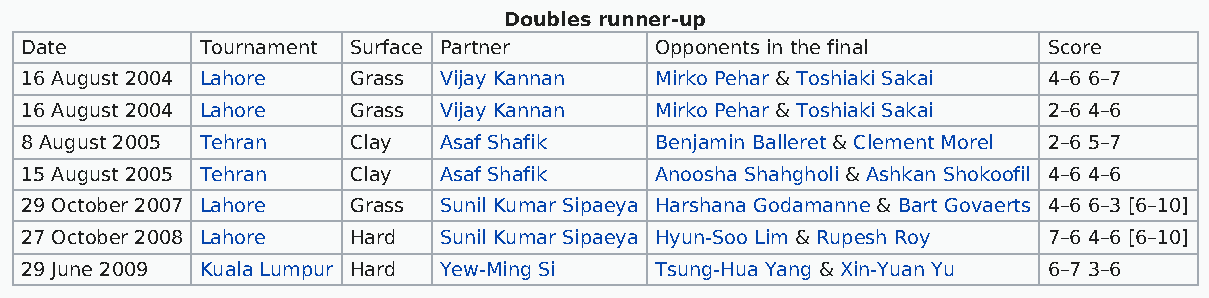
Doubles runner-up
 Date        Tournament Surface Partner    Opponents in the final    Score
 16 August 2004 Lahore Grass Vijay Kannan  Mirko Pehar & Toshiaki Sakai 4–6 6–7
 16 August 2004 Lahore Grass Vijay Kannan  Mirko Pehar & Toshiaki Sakai 2–6 4–6
 8 August 2005 Tehran  Clay  Asaf Shafik   Benjamin Balleret & Clement Morel 2–6 5–7
 15 August 2005 Tehran Clay  Asaf Shafik   Anoosha Shahgholi & Ashkan Shokoofil 4–6 4–6
 29 October 2007 Lahore Grass Sunil Kumar Sipaeya Harshana Godamanne & Bart Govaerts 4–6 6–3 [6–10]
 27 October 2008 Lahore Hard Sunil Kumar Sipaeya Hyun-Soo Lim & Rupesh Roy 7–6 4–6 [6–10]
 29 June 2009 Kuala Lumpur Hard Yew-Ming Si Tsung-Hua Yang & Xin-Yuan Yu 6–7 3–6